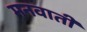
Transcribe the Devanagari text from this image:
मनवाती